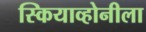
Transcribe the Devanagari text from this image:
स्कियाव्होनीला